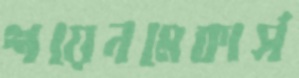
শয়েনমেকার্স